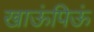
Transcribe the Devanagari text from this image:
खाऊंपिऊं